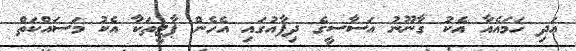
އަދި ހަމައެއާ އެކު ގާނޫނު އަސާސީގެ ދިފާއުގައި އެހެން ޕާޓީތަކާ އެކު މަސައްކަތް